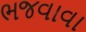
ભજવાવા